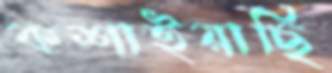
কশাইয়াছি